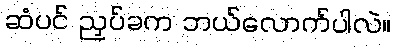
ဆံပင် ညှပ်ခက ဘယ်လောက်ပါလဲ။